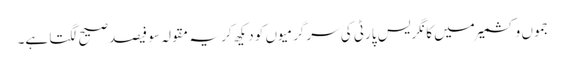
جموں و کشمیر میں کانگریس پارٹی کی سرگرمیوں کو دیکھ کر یہ مقولہ سو فیصد صیح لگتا ہے۔